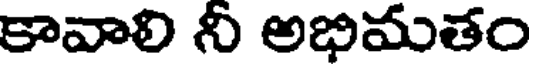
కావాలి నీ అభిమతం